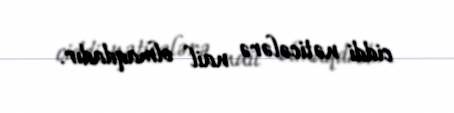
ciddi nəticələrə nail olmaqdadır.